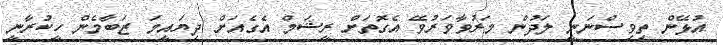
އުޅޭން ތިވިސްނަނީ ލަދުން މަރުވާވަރުވޭ އެގޮތަށް ރީޝަމް އެގެއަށް ދިޔައީމަ ޒަބާމެން ހީކުރާނީ